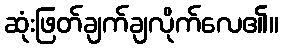
ဆုံးဖြတ်ချက်ချလိုက်လေ၏။